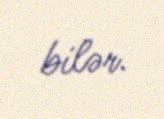
bilər.